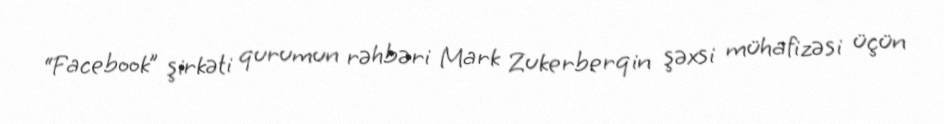
“Facebook” şirkəti qurumun rəhbəri Mark Zukerberqin şəxsi mühafizəsi üçün